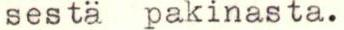
sestä pakinasta.